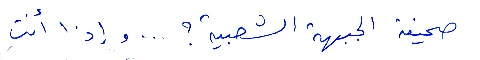
صحيفة الجبهة الشعبية؟ ... وإذا أنتِ